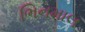
ભિનમાલ